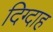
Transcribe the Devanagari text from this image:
दिग्दाह